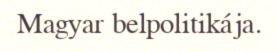
Magyar belpolitikája.